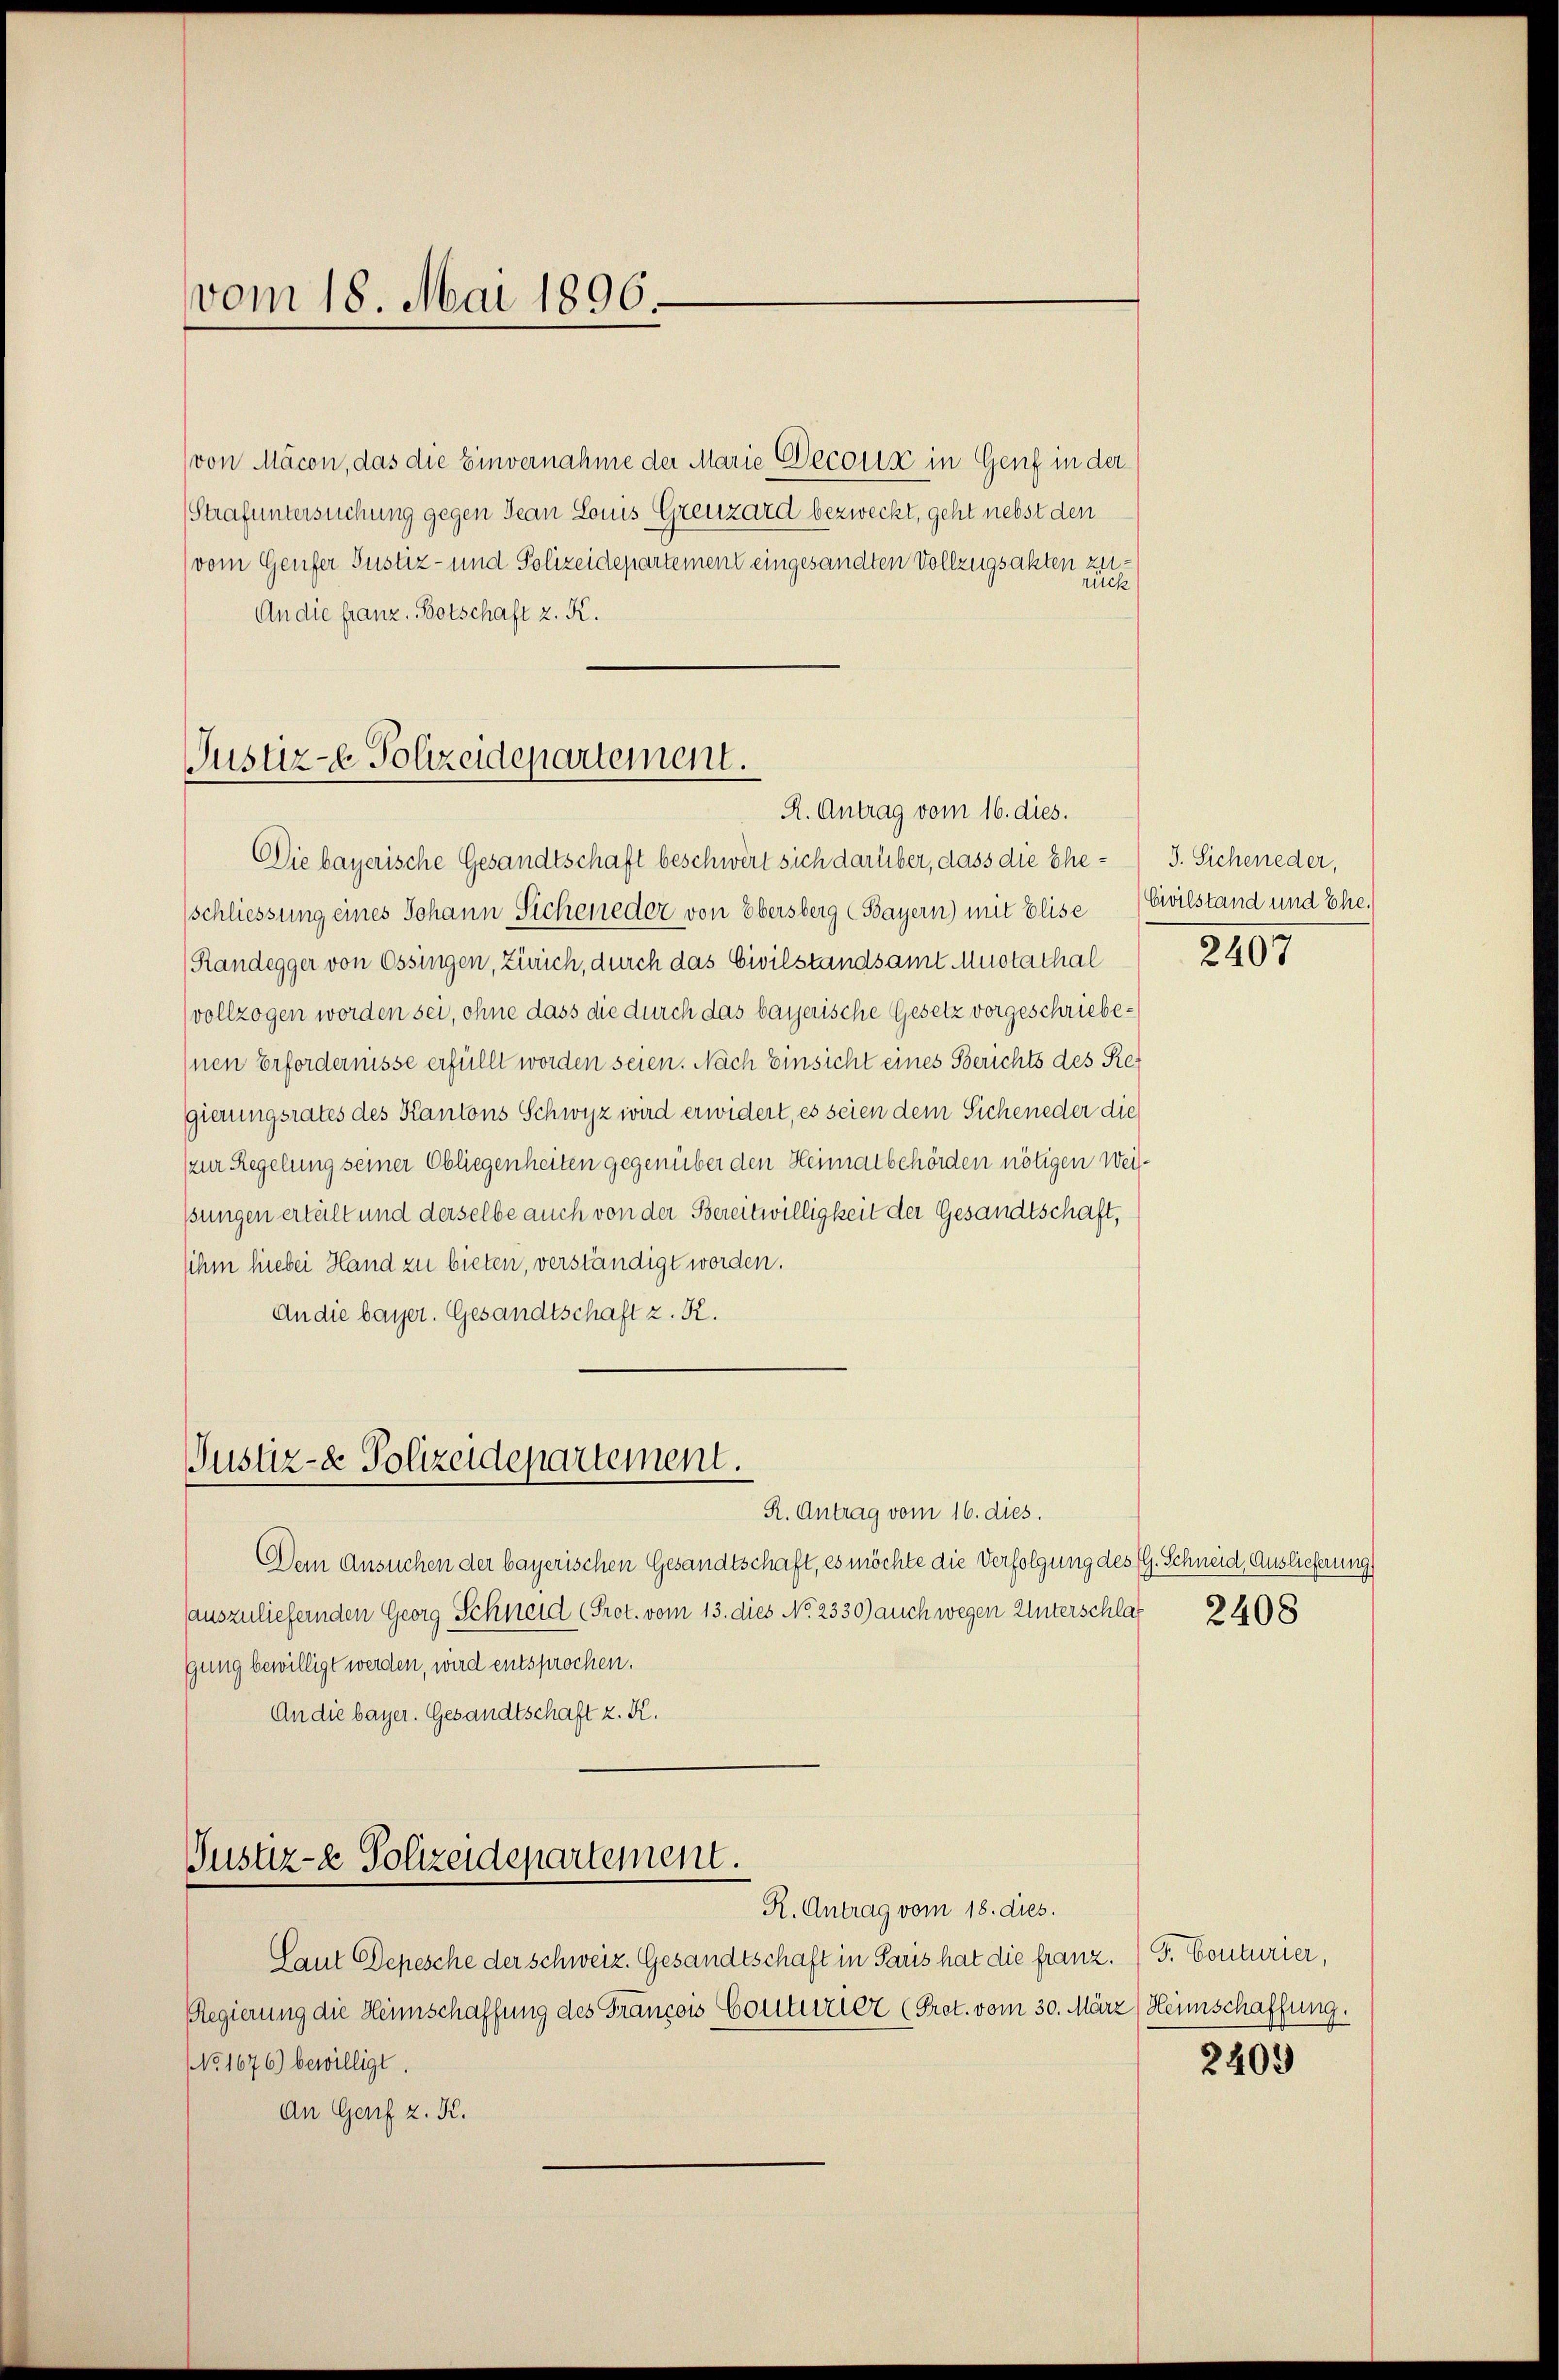
vom 18. Mai 1896.

(von Macon, das die Einvernahme der Marie Decous in Genf in der
Strafuntersuchung gegen Jean Louis Grenzard bezweckt, geht nebst den
(vom Genfer Justiz- und Polizeidepartement eingesandten Vollzugsakten zu¬
An die franz. Botschaft z. K.

Justiz- & Polizeidepartement.
R. Antrag vom 16. dies.

Justiz- & Polizeidepartement.

Die bayerische Gesandtschaft beschwert sich darüber, dass die Ehe- J. Sicheneder,
schliessung eines Johann Sicheneder von Obersberg (Bayern) mit Elise Civilstand und Ehe.
Randegger von Ossingen, Zürich, durch das Civilstandsamt Mustathal
vollzogen worden sei, ohne dass die durch das bayerische Gesetz vorgeschriebe¬
Inen Erfordernisse erfüllt worden seien. Nach Einsicht eines Berichts des Regierungsrates des Kantons Schwyz wird erwidert, es seien dem Sicheneder die
(zur Regelung seiner Obliegenheiten gegenüber den Heimatbehörden nötigen Weisßungen erteilt und derselbe auch von der Bereitwilligkeit der Gesandtschaft,
sihm hiebei Hand zu bieten, verständigt worden.
An die bayer. Gesandtschaft z. K.

R. Antrag vom 16. dies.
Dem Ansuchen der bayerischen Gesandtschaft, es möchte die Verfolgung des G. Schneid, Auslieferung
auszuliefernden Georg Schneid (Prot. vom 13. dies No. 2330) auch wegen Unterschlaf
gung bewilligt werden, wird entsprochen.
An die bayer. Gesandtschaft z. K.

Justiz- & Polizeidepartement.
R. Antrag vom 18. dies.

Laut Depesche der Schweiz. Gesandtschaft in Paris hat die franz. (S. Conturier,
Regierung die Heimschaffung des François Couturier (Prot. vom 30. März (Heimschaffung.
NNo. 1676) bewilligt.
An Genf z. K.

rück

2407

2408

2409